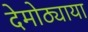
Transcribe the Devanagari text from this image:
देमोठ्याया